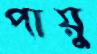
পায়ু